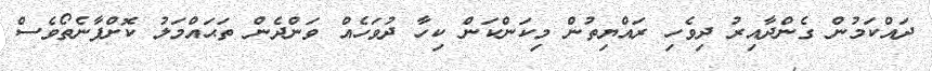
ދައްކަމުން ގެންދާއިރު ދިވެހި ރައްޔިތުން މިކަންކަން ކިހާ ދުވަހެއް ވަންދެން ތަޙައްމަލު ކޮށްފާނެތޯވެސް